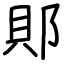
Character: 郥